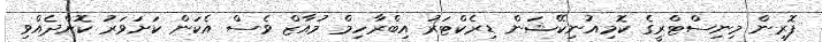
ފޮރިން މިނިސްޓްރީގެ ކޮމިއުނިކޭޝަން ޑިރެކްޓަރު އިބްރާހިމް މުއާޒް ވެސް އެކަން ކަށަވަރު ކޮށްދެއްވި